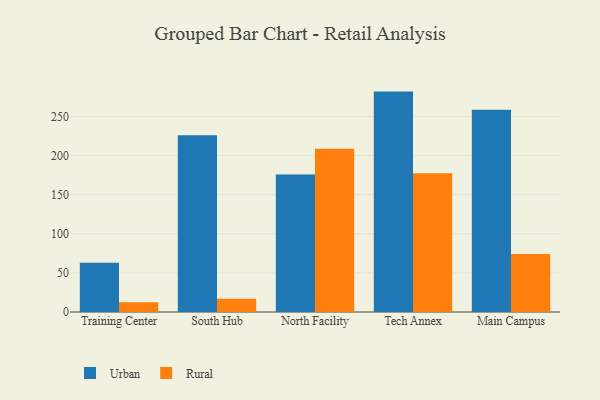
{"axis": {"x": "Campus", "y": "Operating Costs (USD K)"}, "legend": ["Rural", "Urban"], "data": [{"x": "Training Center", "y": 63.1, "type": "Urban"}, {"x": "Training Center", "y": 12.6, "type": "Rural"}, {"x": "South Hub", "y": 225.9, "type": "Urban"}, {"x": "South Hub", "y": 16.8, "type": "Rural"}, {"x": "North Facility", "y": 175.9, "type": "Urban"}, {"x": "North Facility", "y": 208.7, "type": "Rural"}, {"x": "Tech Annex", "y": 281.7, "type": "Urban"}, {"x": "Tech Annex", "y": 177.3, "type": "Rural"}, {"x": "Main Campus", "y": 258.5, "type": "Urban"}, {"x": "Main Campus", "y": 74.0, "type": "Rural"}]}